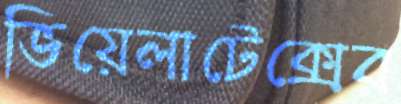
ভিয়েলাটেক্সের